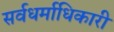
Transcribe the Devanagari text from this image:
सर्वधर्माधिकारी